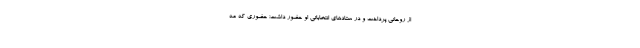
از روحاني پرداخت و در ستادهاي انتخاباتي او حضور داشت؛ حضوري كه مه